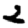
Digit: 2